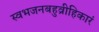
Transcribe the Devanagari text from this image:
स्वभजनबहुव्रीहिकारं